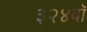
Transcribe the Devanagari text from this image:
३२४वॉ